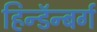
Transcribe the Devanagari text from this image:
हिन्डॅन्बर्ग